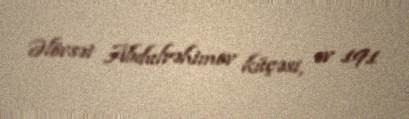
Əlövsət Abdulrəhimov küçəsi, ev 191